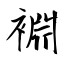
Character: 裫